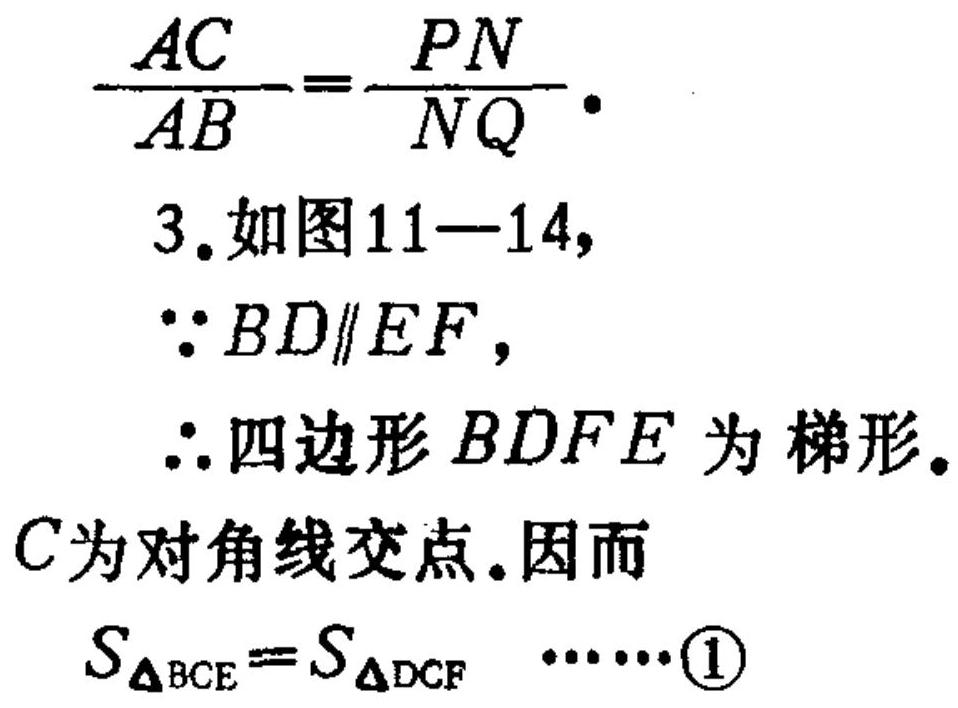
\(\frac{AC}{AB}=\frac{PN}{NQ}\)。
3.如图11—14，
\(\because BD\parallel EF\)，
\(\therefore\)四边形\(BDFE\)为梯形。
\(C\)为对角线交点。因而
\(S_{\triangle BCE}=S_{\triangle DCF}\cdots\cdots\textcircled{1}\)